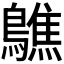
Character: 𪆄